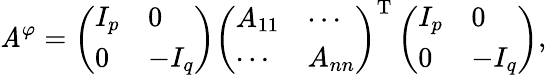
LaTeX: \mathit{A}^{\varphi}=\left({\begin{array}{ll}{I_{p}}&{0}\\ {0}&{-I_{q}}\end{array}}\right)\left({\begin{array}{ll}{A_{11}}&{\cdots}\\ {\cdots}&{A_{nn}}\end{array}}\right)^{\mathrm{{T}}}\left({\begin{array}{ll}{I_{p}}&{0}\\ {0}&{-I_{q}}\end{array}}\right),